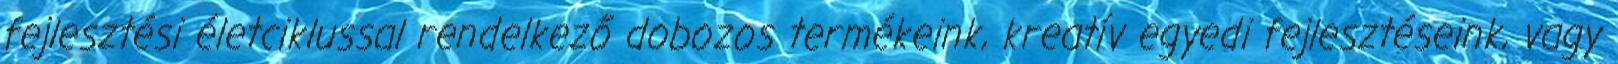
fejlesztési életciklussal rendelkező dobozos termékeink, kreatív egyedi fejlesztéseink, vagy